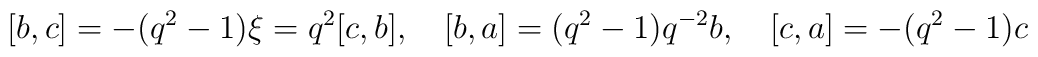
[b,c]=-(q^2-1)\xi=q^{2}[c,b],\quad [b,a]=(q^2-1)q^{-2}b,\quad[c,a]=-(q^2-1)c